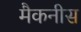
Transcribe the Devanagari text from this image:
मैकनीस